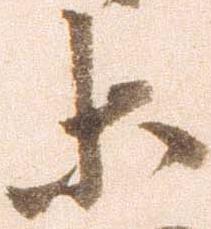
等